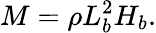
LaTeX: M=\rho L_{b}^{2}H_{b}.